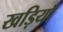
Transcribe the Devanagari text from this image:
खड़ियाँ